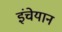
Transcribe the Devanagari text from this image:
इंचेयान